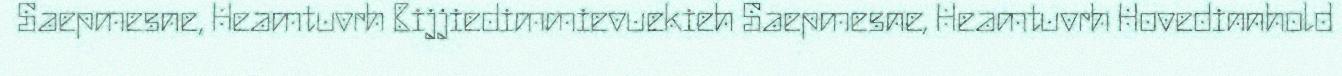
Saepmesne, Heamtuvrh Bijjiedimmievuekieh Saepmesne, Heamtuvrh Hovedinnhold